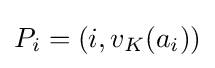
P_{i}=\left(i,v_{K}(a_{i})\right)